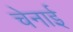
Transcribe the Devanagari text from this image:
चेनाई